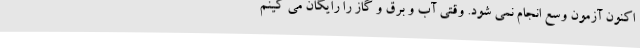
اکنون آزمون وسع انجام نمی شود. وقتی آب و برق و گاز را رایگان می کینم